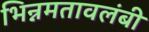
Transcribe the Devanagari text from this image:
भिन्नमतावलंबी